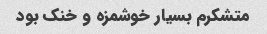
متشکرم بسیار خوشمزه و خنک بود